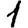
Digit: 1